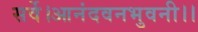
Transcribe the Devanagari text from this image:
सर्वे।आनंदवनभुवनी।।